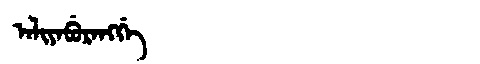
Manchu: ᠠᠯᡳᠶᠠᠪᡠᡵᠠᠩᡤᡝ
Romanization: ALIYABURANGGE